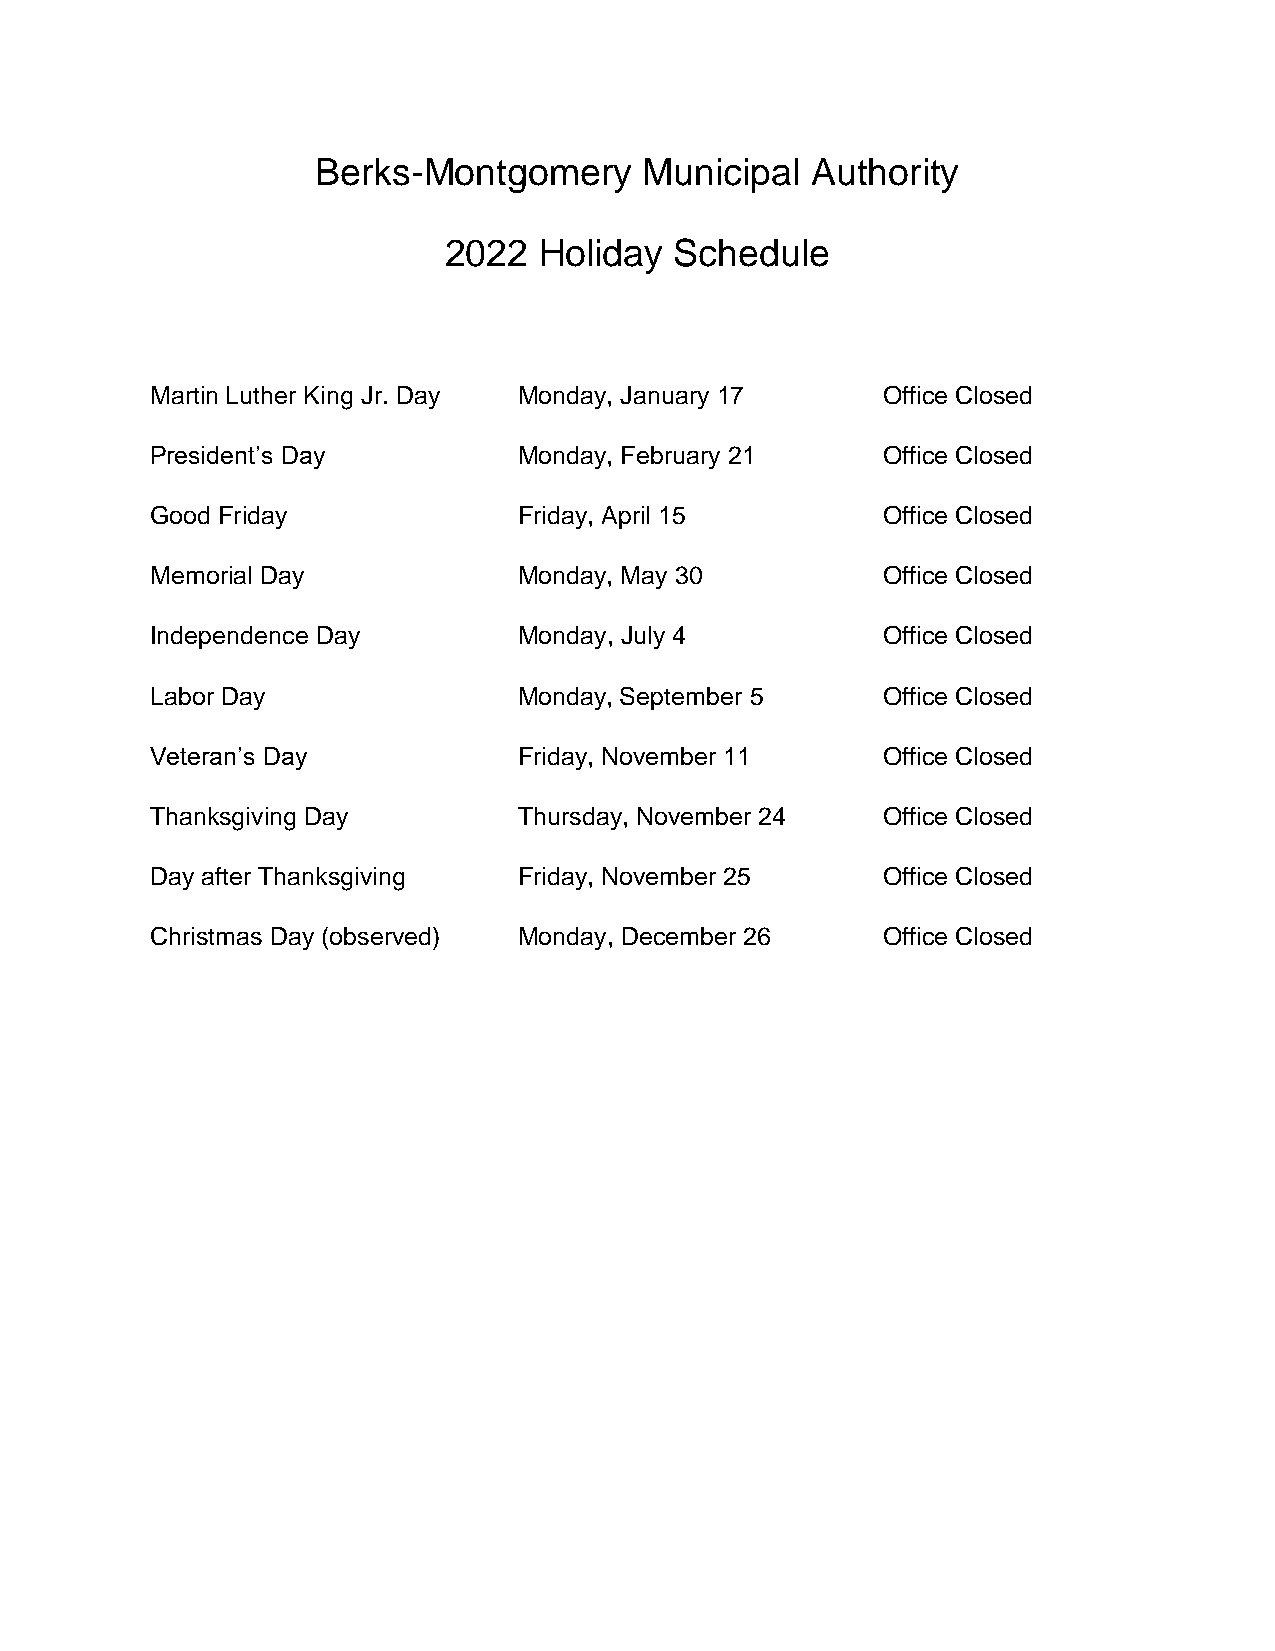
Berks-Montgomery      Municipal  Authority
 2022   Holiday  Schedule
 Martin Luther King Jr. Day Monday, January 17   Office Closed
 President’s Day         Monday, February 21     Office Closed
 Good Friday             Friday, April 15        Office Closed
 Memorial Day            Monday, May 30          Office Closed
 Independence Day        Monday, July 4          Office Closed
 Labor Day               Monday, September 5     Office Closed
 Veteran’s Day           Friday, November 11     Office Closed
 Thanksgiving Day        Thursday, November 24   Office Closed
 Day after Thanksgiving  Friday, November 25     Office Closed
 Christmas Day (observed) Monday, December 26    Office Closed